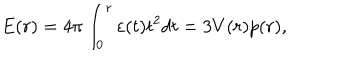
LaTeX: E ( r ) = 4 \pi \int _ { 0 } ^ { r } { \varepsilon ( t ) t ^ { 2 } d t } = 3 V ( r ) p ( r ) ,